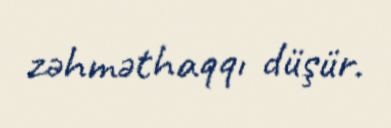
zəhməthaqqı düşür.